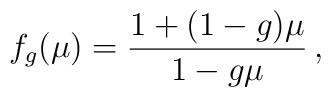
f_g(\mu) = \frac{1+(1-g)\mu}{1-g\mu} \,,